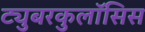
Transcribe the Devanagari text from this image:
ट्युबरकुलॉसिस